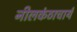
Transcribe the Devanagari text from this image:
नीलकंठाचार्य